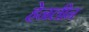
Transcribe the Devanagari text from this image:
हेनलीन